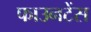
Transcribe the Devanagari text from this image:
फाउनटेंस